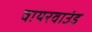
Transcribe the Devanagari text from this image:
वायरवाउंड